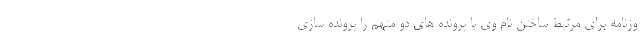
وزنامه برای مرتبط ساختن نام وی با پرونده های دو متهم را پرونده سازی